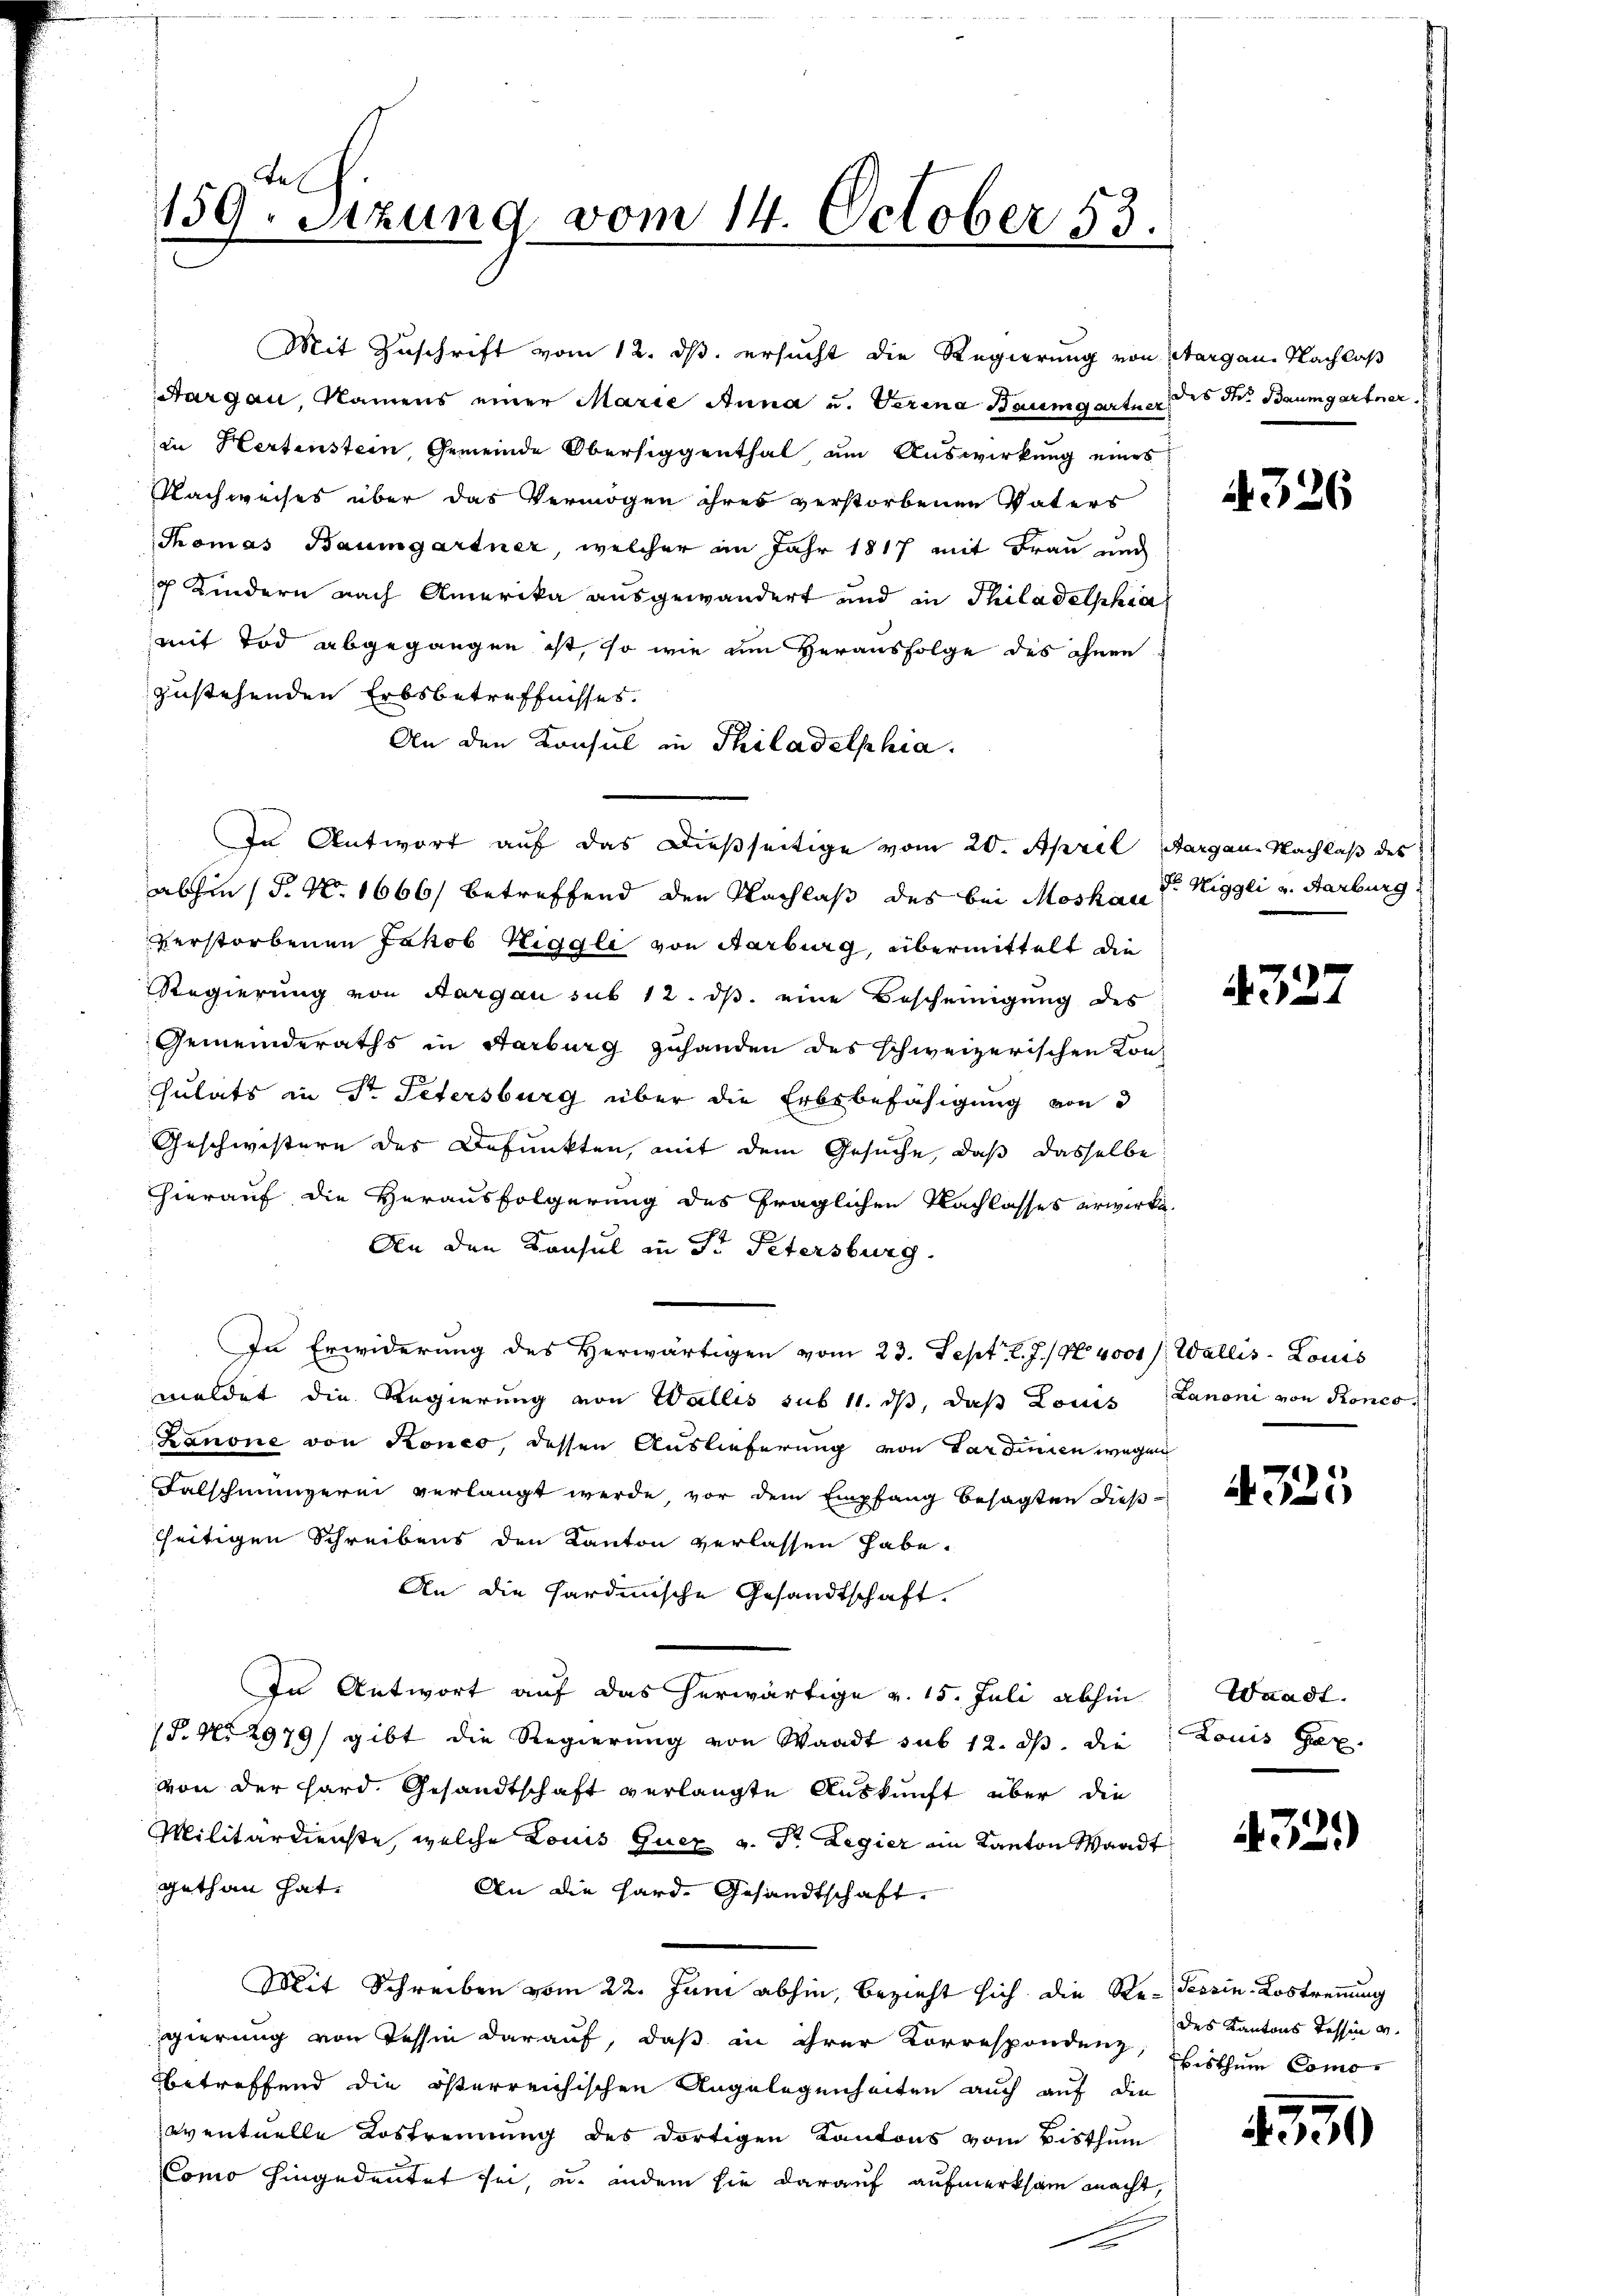
159. Sitzung vom 14. October 83.

Mit Zuschrift vom 12. ds. ersucht die Regierung von Aargau. Nachlaß
Aargau, Namens einer Marie Anna u. Verena Baumgartner des der Baumgartner.
in Hertenstein, Gemeinde Obersiggenthal um Auswirkung eines
Nachweises über das Vermögen ihres verstorbenen Vaters
Thomas Baumgartner, welcher im Jahr 1817 mit Frau und
 Kindern nach Amerika ausgewandert und in Philadelphia
mit Tod abgegangen ist, so wie um Verausfolge des ohnen
zustehenden Erbsbetreffnisses.
An den Konsul in Philadelphia
In Antwort auf das dießseitige vom 20. April, Aargau, Nachlaß des
abhin (P. N. 1666) betreffend den Nachlaß des bei Moskau vor Niggli v. Aarburg
verstorbenen Jakob Niggli von Aarburg, übermittelt die
Regierung von Aargau sub 12. ds. eine Bescheinigung des
Gemeinderaths in Aarburg zuhanden des schweizerischen Kon-
sulats in Dr. Petersburg über die Erbsbefähigung von 3
Geschwistere des Defunkten, mit dem Gesuche, daß dasselbe
hierauf die Herausfolgerung des fraglichen Nachlasses erwirke.
An den Konsul in St. Petersburg
In Erwiderung des Herwärtigen vom 23. Sept. l. J.) No 4001). Wallis-Louis
meldet die Regierung von Wallis sub 11. ds, daß Louis Lanoni von Ronco
Lanone von Ronco, dessen Auslieferung von Sardinien wegen
Falschmungerei verlangt werde, vor dem Empfang besagten dies
hheitigen Schreibens den Kanton verlassen habe.
An die hardinische Gesandtschaft.
In Antwort auf das herwärtige v. 15. Juli abhin
(P. Nr. 2979/ gibt die Regierung von Waadt sub 12. ds. die
von der hard Gesandtschaft verlangte Auskunft über die
Militärdienste, welche Louis Quez v. Dr. Legier im Kanton Waadt
gethan hat.
An die Hard. Gesandtschaft.
Mit Schreiben vom 22. Juni abhin, bezieht sich die Re- Tessin-Lostrennung
gierung von Tessin darauf, daß in ihrer Korrespondenz, Bisthum Comobetreffend die österreichischen Angelegenheiten auch auf die
oventuelle Lostrennung des dortigen Kantons vom Bisthum
Cono hingedeutet sei, u. andern sie darauf aufmerksam macht,

4326

4327

4325

Waadt.
Louis Ga

4329)

des Kantons Tessin v.

4350